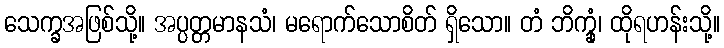
သေက္ခအဖြစ်သို့။ အပ္ပတ္တမာနသံ၊ မရောက်သောစိတ် ရှိသော။ တံ ဘိက္ခုံ၊ ထိုရဟန်းသို့။